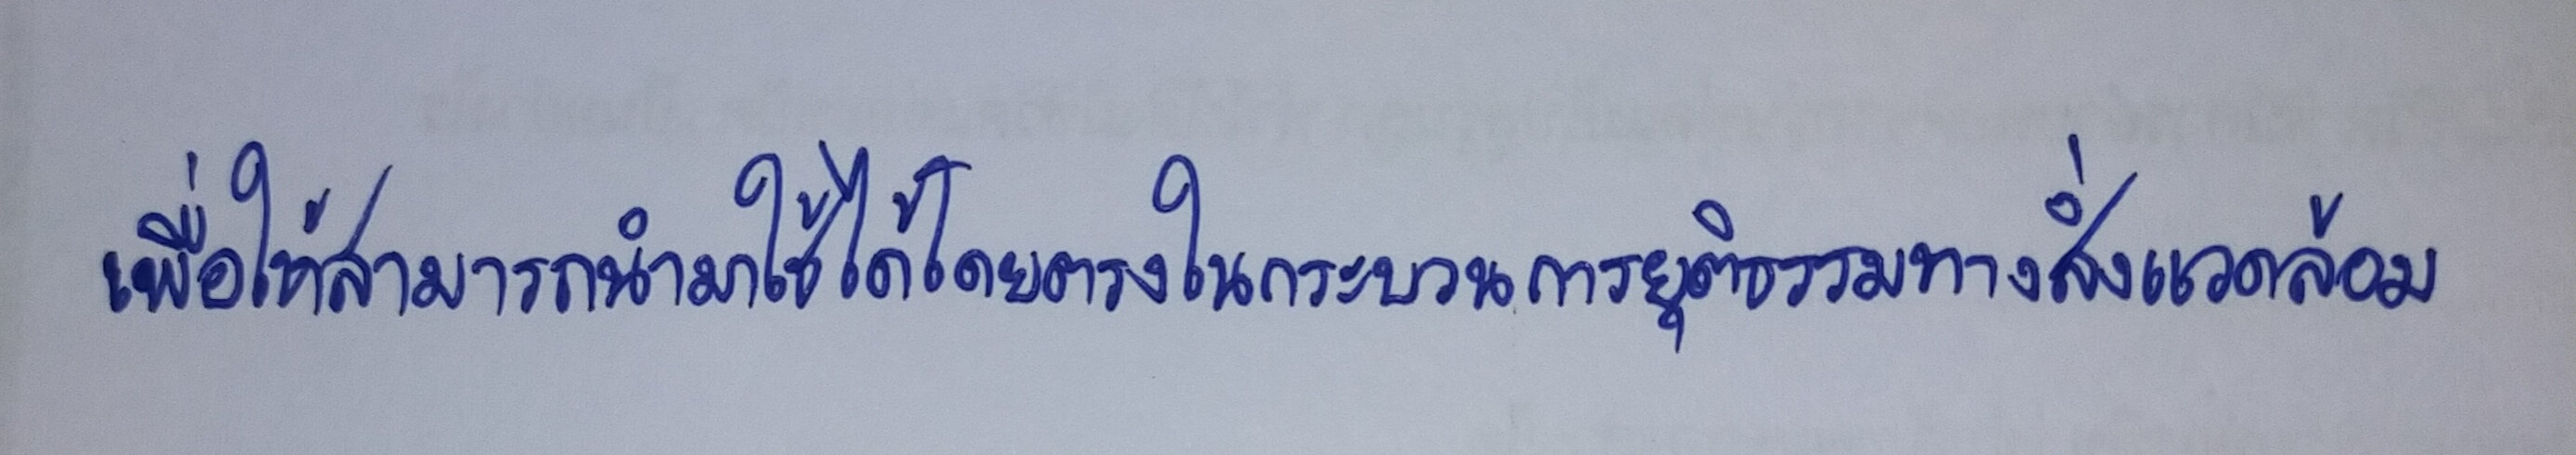
เพื่อให้สามารถนำมาใช้ได้โดยตรงในกระบวนการยุติธรรมทางสิ่งแวดล้อม